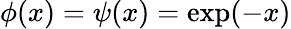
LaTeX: \phi(x)=\psi(x)=\exp(-x)